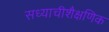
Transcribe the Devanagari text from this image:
सध्याचीशैक्षणिक